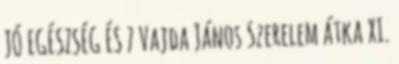
JÓ EGÉSZSÉG ÉS 7 Vajda János Szerelem átka XI.